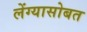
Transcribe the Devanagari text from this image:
लेंग्यासोबत